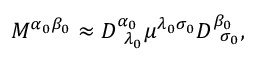
M ^ { \alpha _ { 0 } \beta _ { 0 } } \approx D _ { \; \; \lambda _ { 0 } } ^ { \alpha _ { 0 } } \mu ^ { \lambda _ { 0 } \sigma _ { 0 } } D _ { \; \; \sigma _ { 0 } } ^ { \beta _ { 0 } } ,